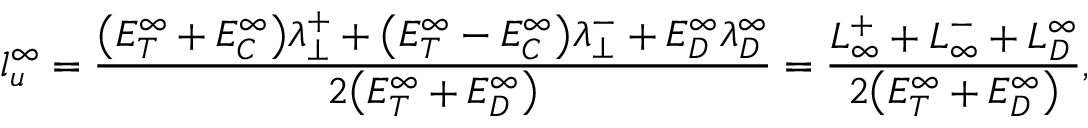
l _ { u } ^ { \infty } = \frac { \big ( E _ { T } ^ { \infty } + E _ { C } ^ { \infty } \big ) \lambda _ { \perp } ^ { + } + \big ( E _ { T } ^ { \infty } - E _ { C } ^ { \infty } \big ) \lambda _ { \perp } ^ { - } + E _ { D } ^ { \infty } \lambda _ { D } ^ { \infty } } { 2 \big ( E _ { T } ^ { \infty } + E _ { D } ^ { \infty } \big ) } = \frac { L _ { \infty } ^ { + } + L _ { \infty } ^ { - } + L _ { D } ^ { \infty } } { 2 \big ( E _ { T } ^ { \infty } + E _ { D } ^ { \infty } \big ) } ,